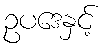
ဥပဒေနှင့်